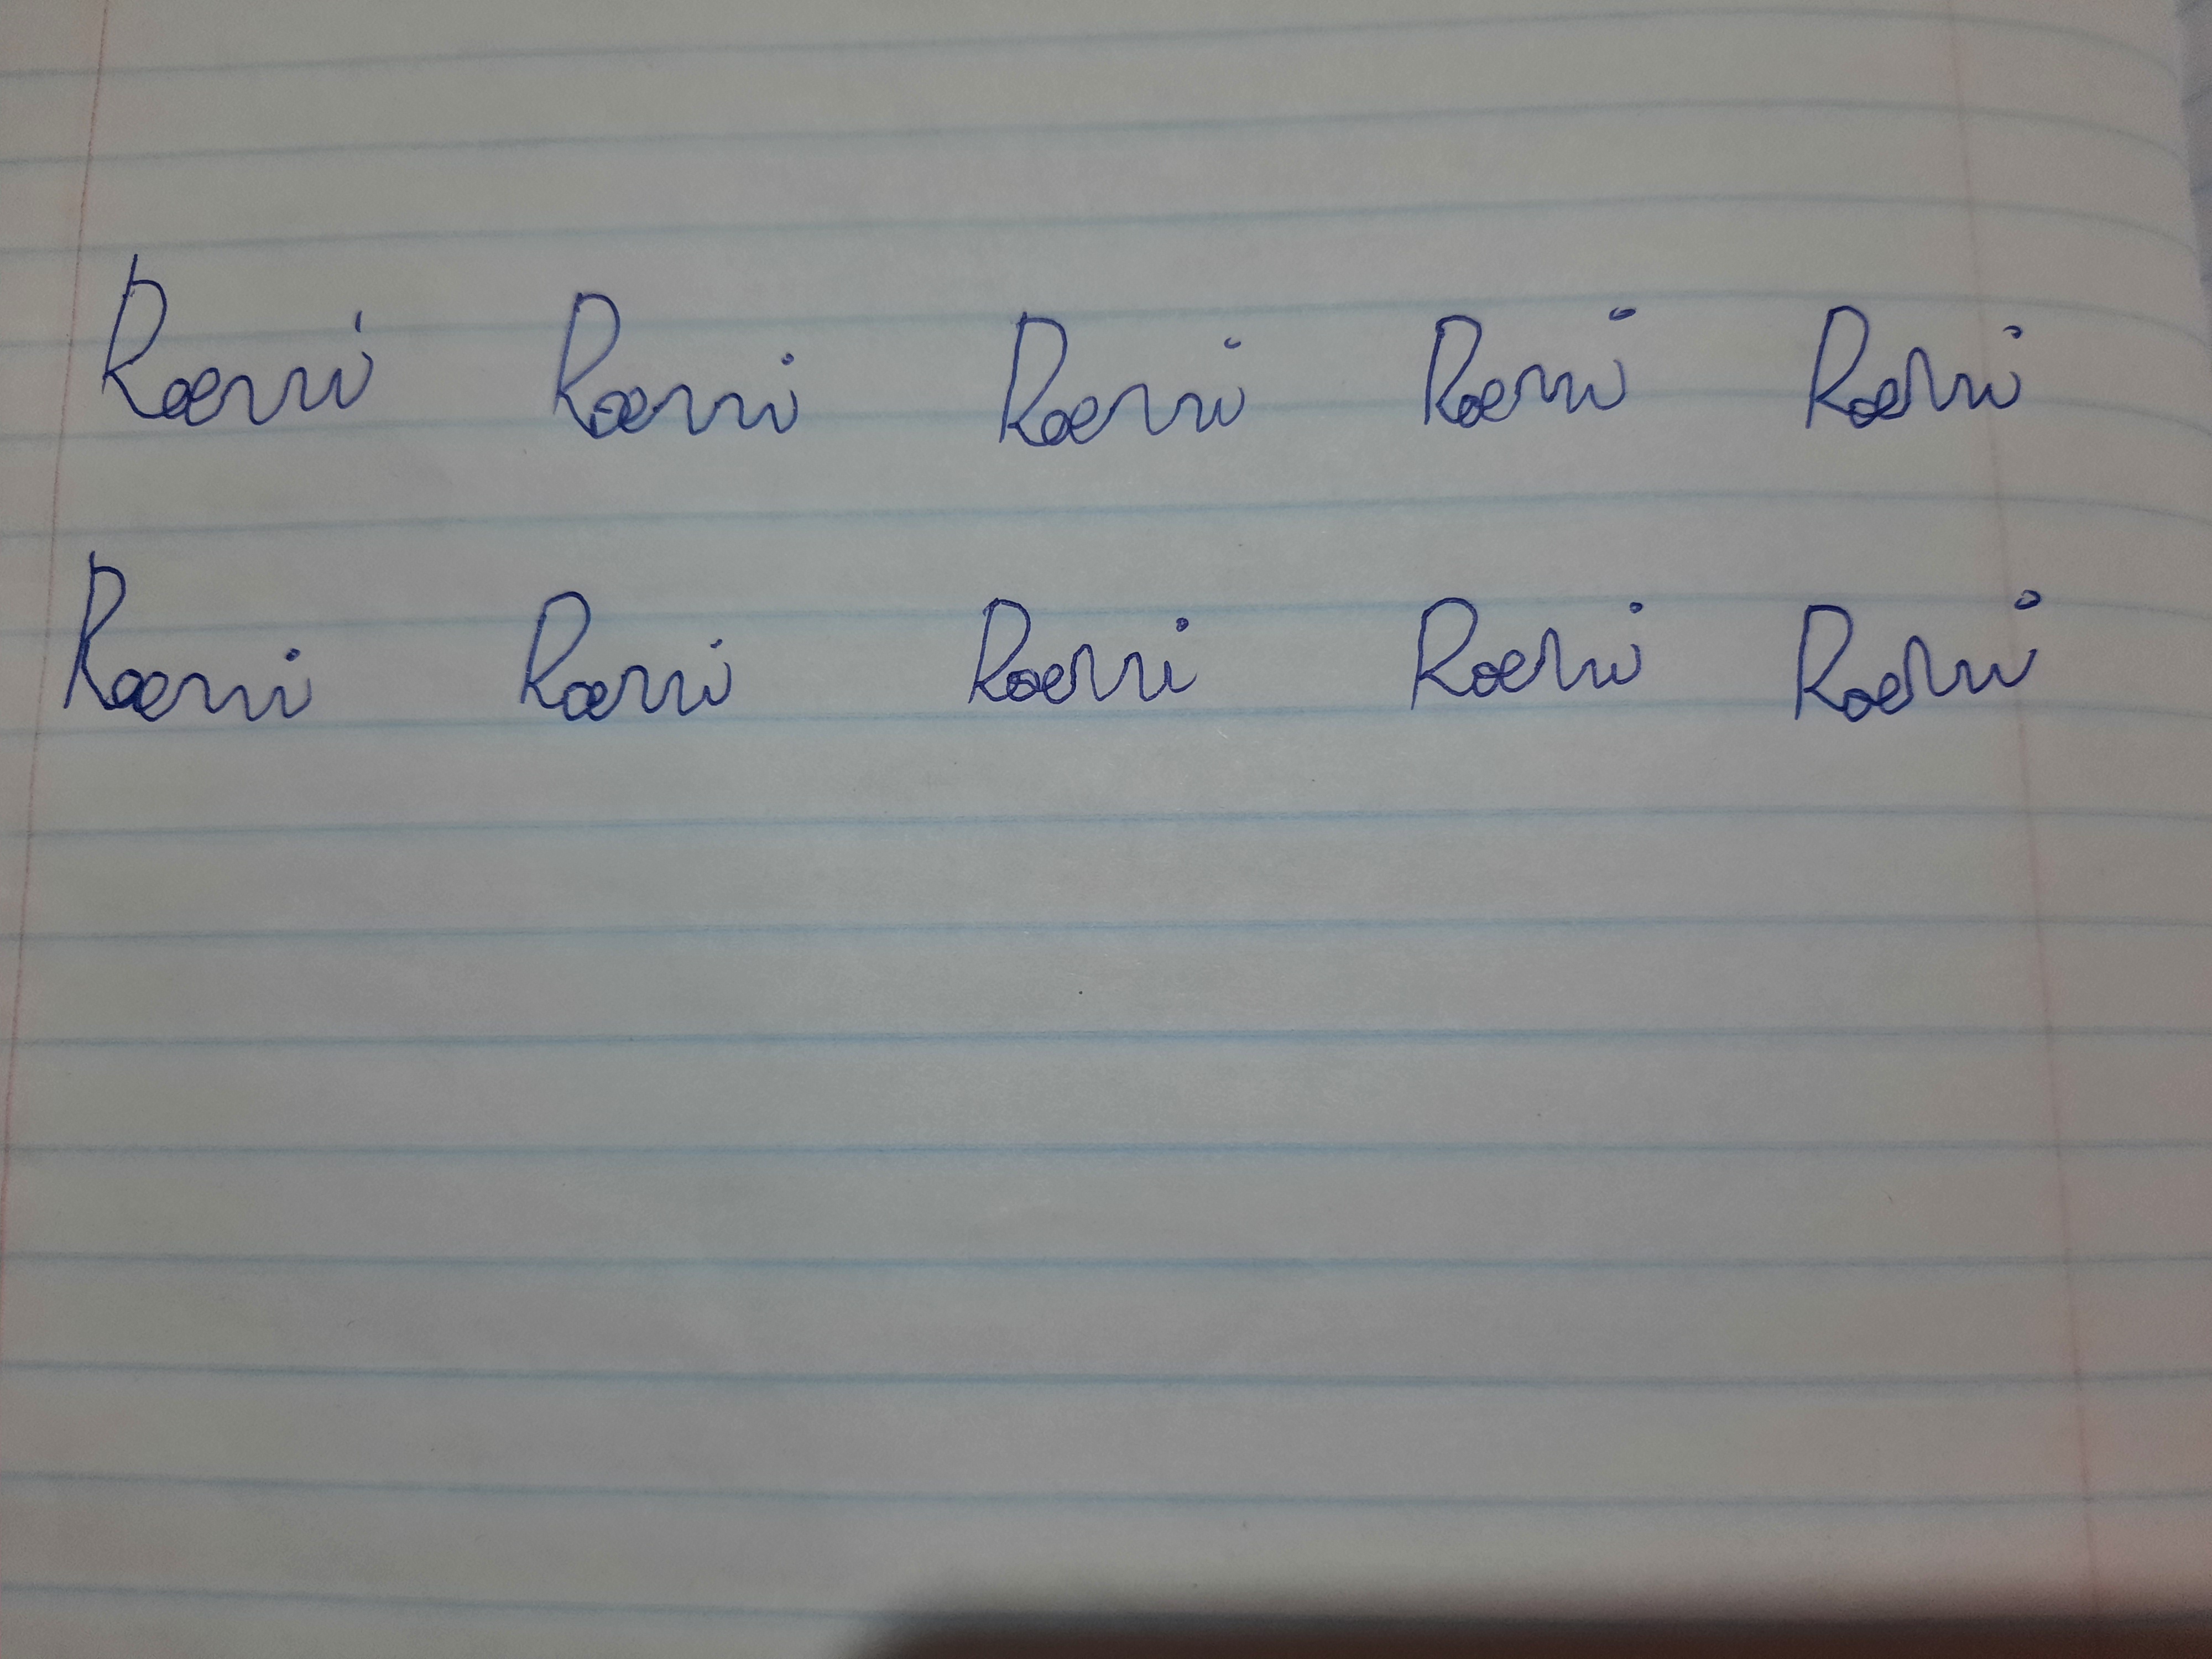
Signature authenticity: forged